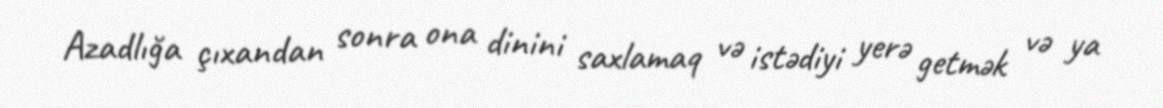
Azadlığa çıxandan sonra ona dinini saxlamaq və istədiyi yerə getmək və ya